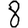
Digit: 8